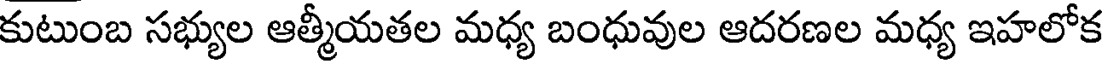
కుటుంబ సభ్యుల ఆత్మీయతల మధ్య బంధువుల ఆదరణల మధ్య ఇహలోక